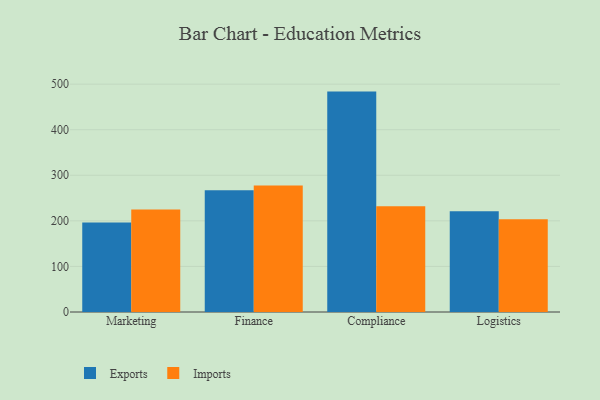
{"axis": {"x": "Department", "y": "Population (Million)"}, "legend": ["Exports", "Imports"], "data": [{"x": "Marketing", "y": 196.6, "type": "Exports"}, {"x": "Marketing", "y": 225.0, "type": "Imports"}, {"x": "Finance", "y": 267.2, "type": "Exports"}, {"x": "Finance", "y": 277.7, "type": "Imports"}, {"x": "Compliance", "y": 483.6, "type": "Exports"}, {"x": "Compliance", "y": 231.8, "type": "Imports"}, {"x": "Logistics", "y": 220.9, "type": "Exports"}, {"x": "Logistics", "y": 203.7, "type": "Imports"}]}